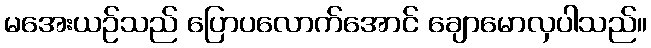
မအေးယဉ်သည် ပြောပလောက်အောင် ချောမောလှပါသည်။